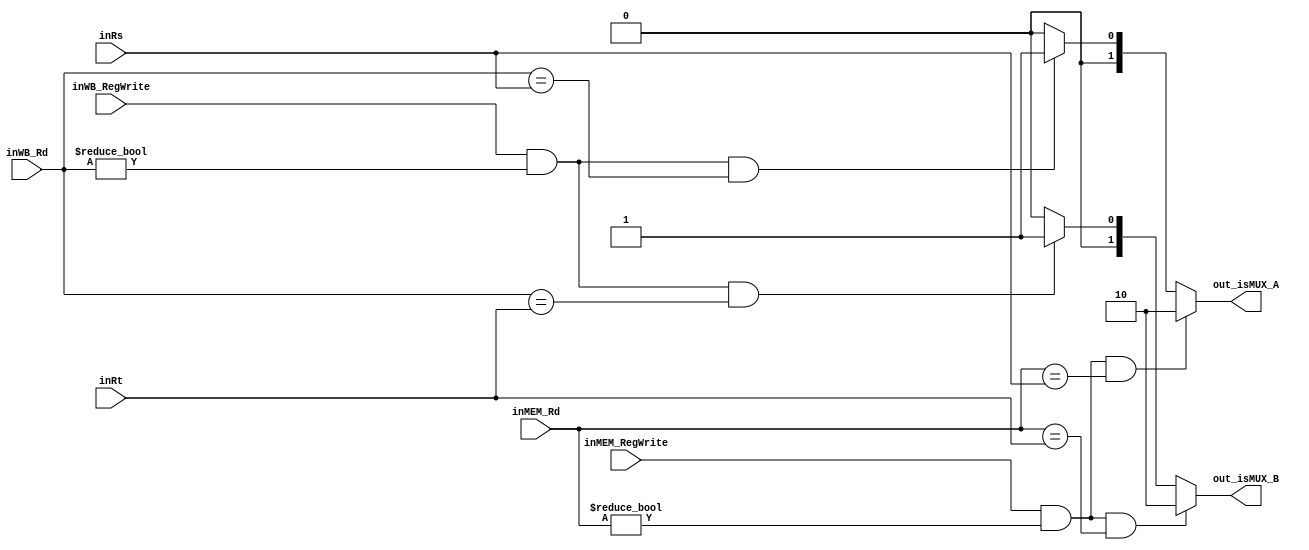
`timescale 1ns / 1ps
module ForwardingUnit (
                       input inMEM_RegWrite,
                       input [4 : 0] inMEM_Rd,
                       input [4 : 0] inRs,
                       input [4 : 0] inRt,
                       input inWB_RegWrite,
                       input [4 : 0] inWB_Rd,
                       output [1 : 0] out_isMUX_A,
                       output [1 : 0] out_isMUX_B);
    
    reg [1:0] isMUX_A;
    reg [1:0] isMUX_B;
    
    always @(*)
    begin
        if (inMEM_RegWrite && inMEM_Rd != 5'b0 && inMEM_Rd == inRs)
            isMUX_A = 2'b10;
        else if (inWB_RegWrite && inWB_Rd != 5'b0 && inWB_Rd == inRs)
            isMUX_A = 2'b01;
        else
            isMUX_A = 2'b00;
    end
    
    always @(*)
    begin
        if (inMEM_RegWrite && inMEM_Rd != 5'b0 && inMEM_Rd == inRt)
            isMUX_B = 2'b10;
        else if (inWB_RegWrite && inWB_Rd != 5'b0 && inWB_Rd == inRt)
            isMUX_B = 2'b01;
        else
            isMUX_B = 2'b00;
    end
    
    // Asignaciones de salida
    assign out_isMUX_A = isMUX_A;
    assign out_isMUX_B = isMUX_B;
endmodule